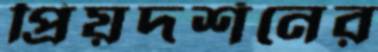
প্রিয়দর্শনের